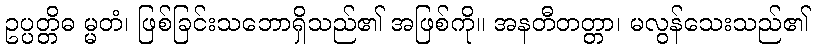
ဥပ္ပတ္တိဓ မ္မတံ၊ ဖြစ်ခြင်းသဘောရှိသည်၏ အဖြစ်ကို။ အနတီတတ္တာ၊ မလွန်သေးသည်၏